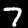
Digit: 7